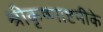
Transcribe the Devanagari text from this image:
श्रीकृष्णाष्टमीके